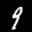
Label: 9